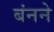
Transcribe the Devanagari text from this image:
बंनने